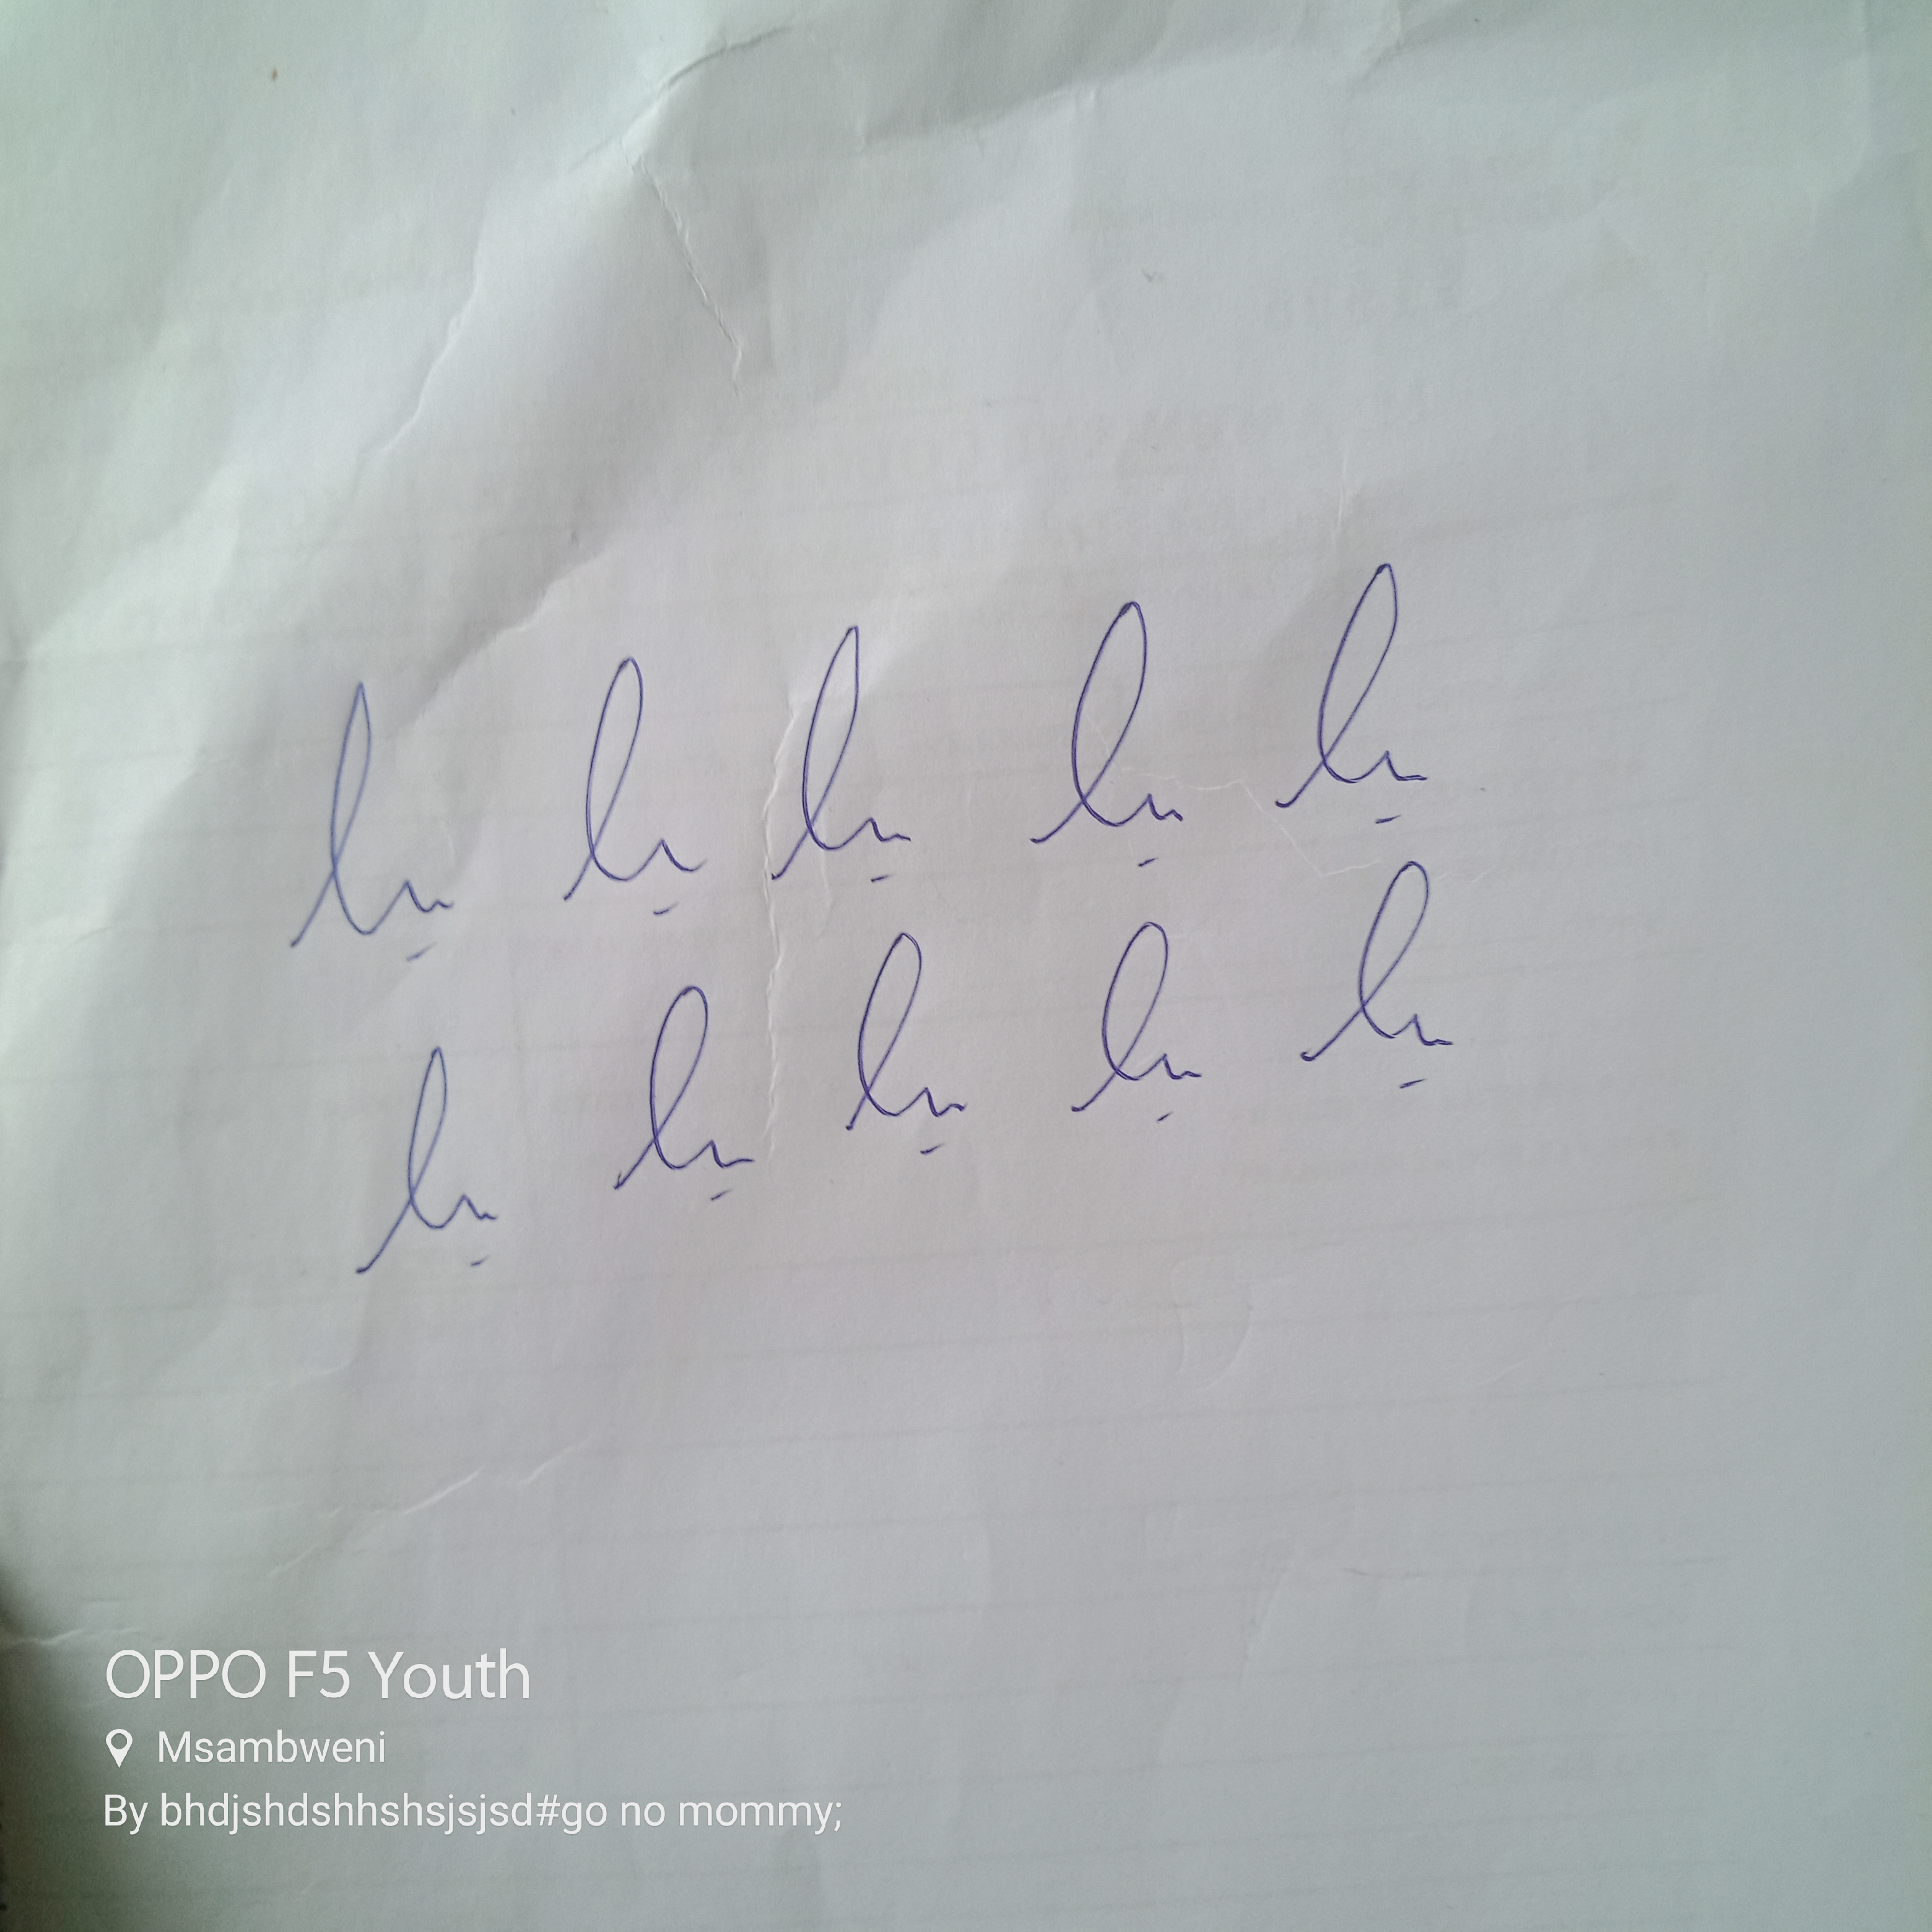
Signature authenticity: genuine